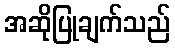
အဆိုပြုချက်သည်